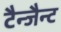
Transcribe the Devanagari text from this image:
टैन्जैन्ट